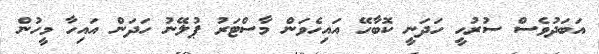
އަބަދުވެސް ސުރުހީ ހަދަނީ ކޮބާހޭ އައިހެވަން މާސްޓަރު ޕުލޭނު ހަދަން އައިހާ މީހުން